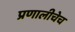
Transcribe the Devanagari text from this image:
प्रणालीचेच